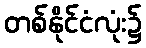
တစ်နိုင်ငံလုံး၌